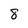
Character: 8